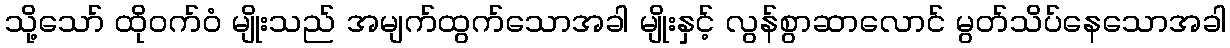
သို့သော် ထိုဝက်ဝံ မျိုးသည် အမျက်ထွက်သောအခါ မျိုးနှင့် လွန်စွာဆာလောင် မွတ်သိပ်နေသောအခါ